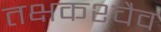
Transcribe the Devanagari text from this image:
तक्षकश्चैव